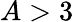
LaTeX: A>3